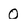
Character: O